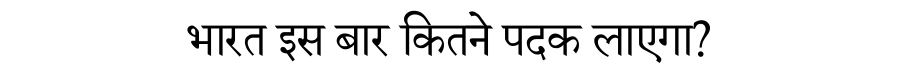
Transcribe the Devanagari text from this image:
भारत इस बार कितने पदक लाएगा?